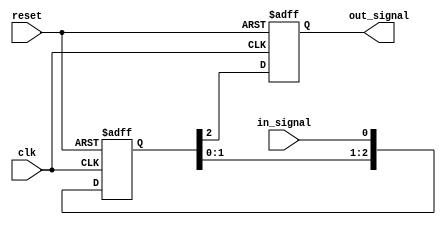
module three_flop_sync (
    input wire clk,
    input wire reset,
    input wire in_signal,
    output reg out_signal
);

reg [2:0] sync_signal;

always @(posedge clk or posedge reset) begin
    if (reset) begin
        sync_signal <= 3'b0;
        out_signal <= 1'b0;
    end else begin
        sync_signal <= {sync_signal[1:0], in_signal};
        out_signal <= sync_signal[2];
    end
end

endmodule